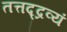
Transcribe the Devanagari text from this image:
तत्तद्द्रव्यं